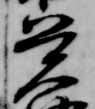
覚